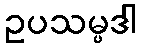
ဥပသမ္ပဒါ